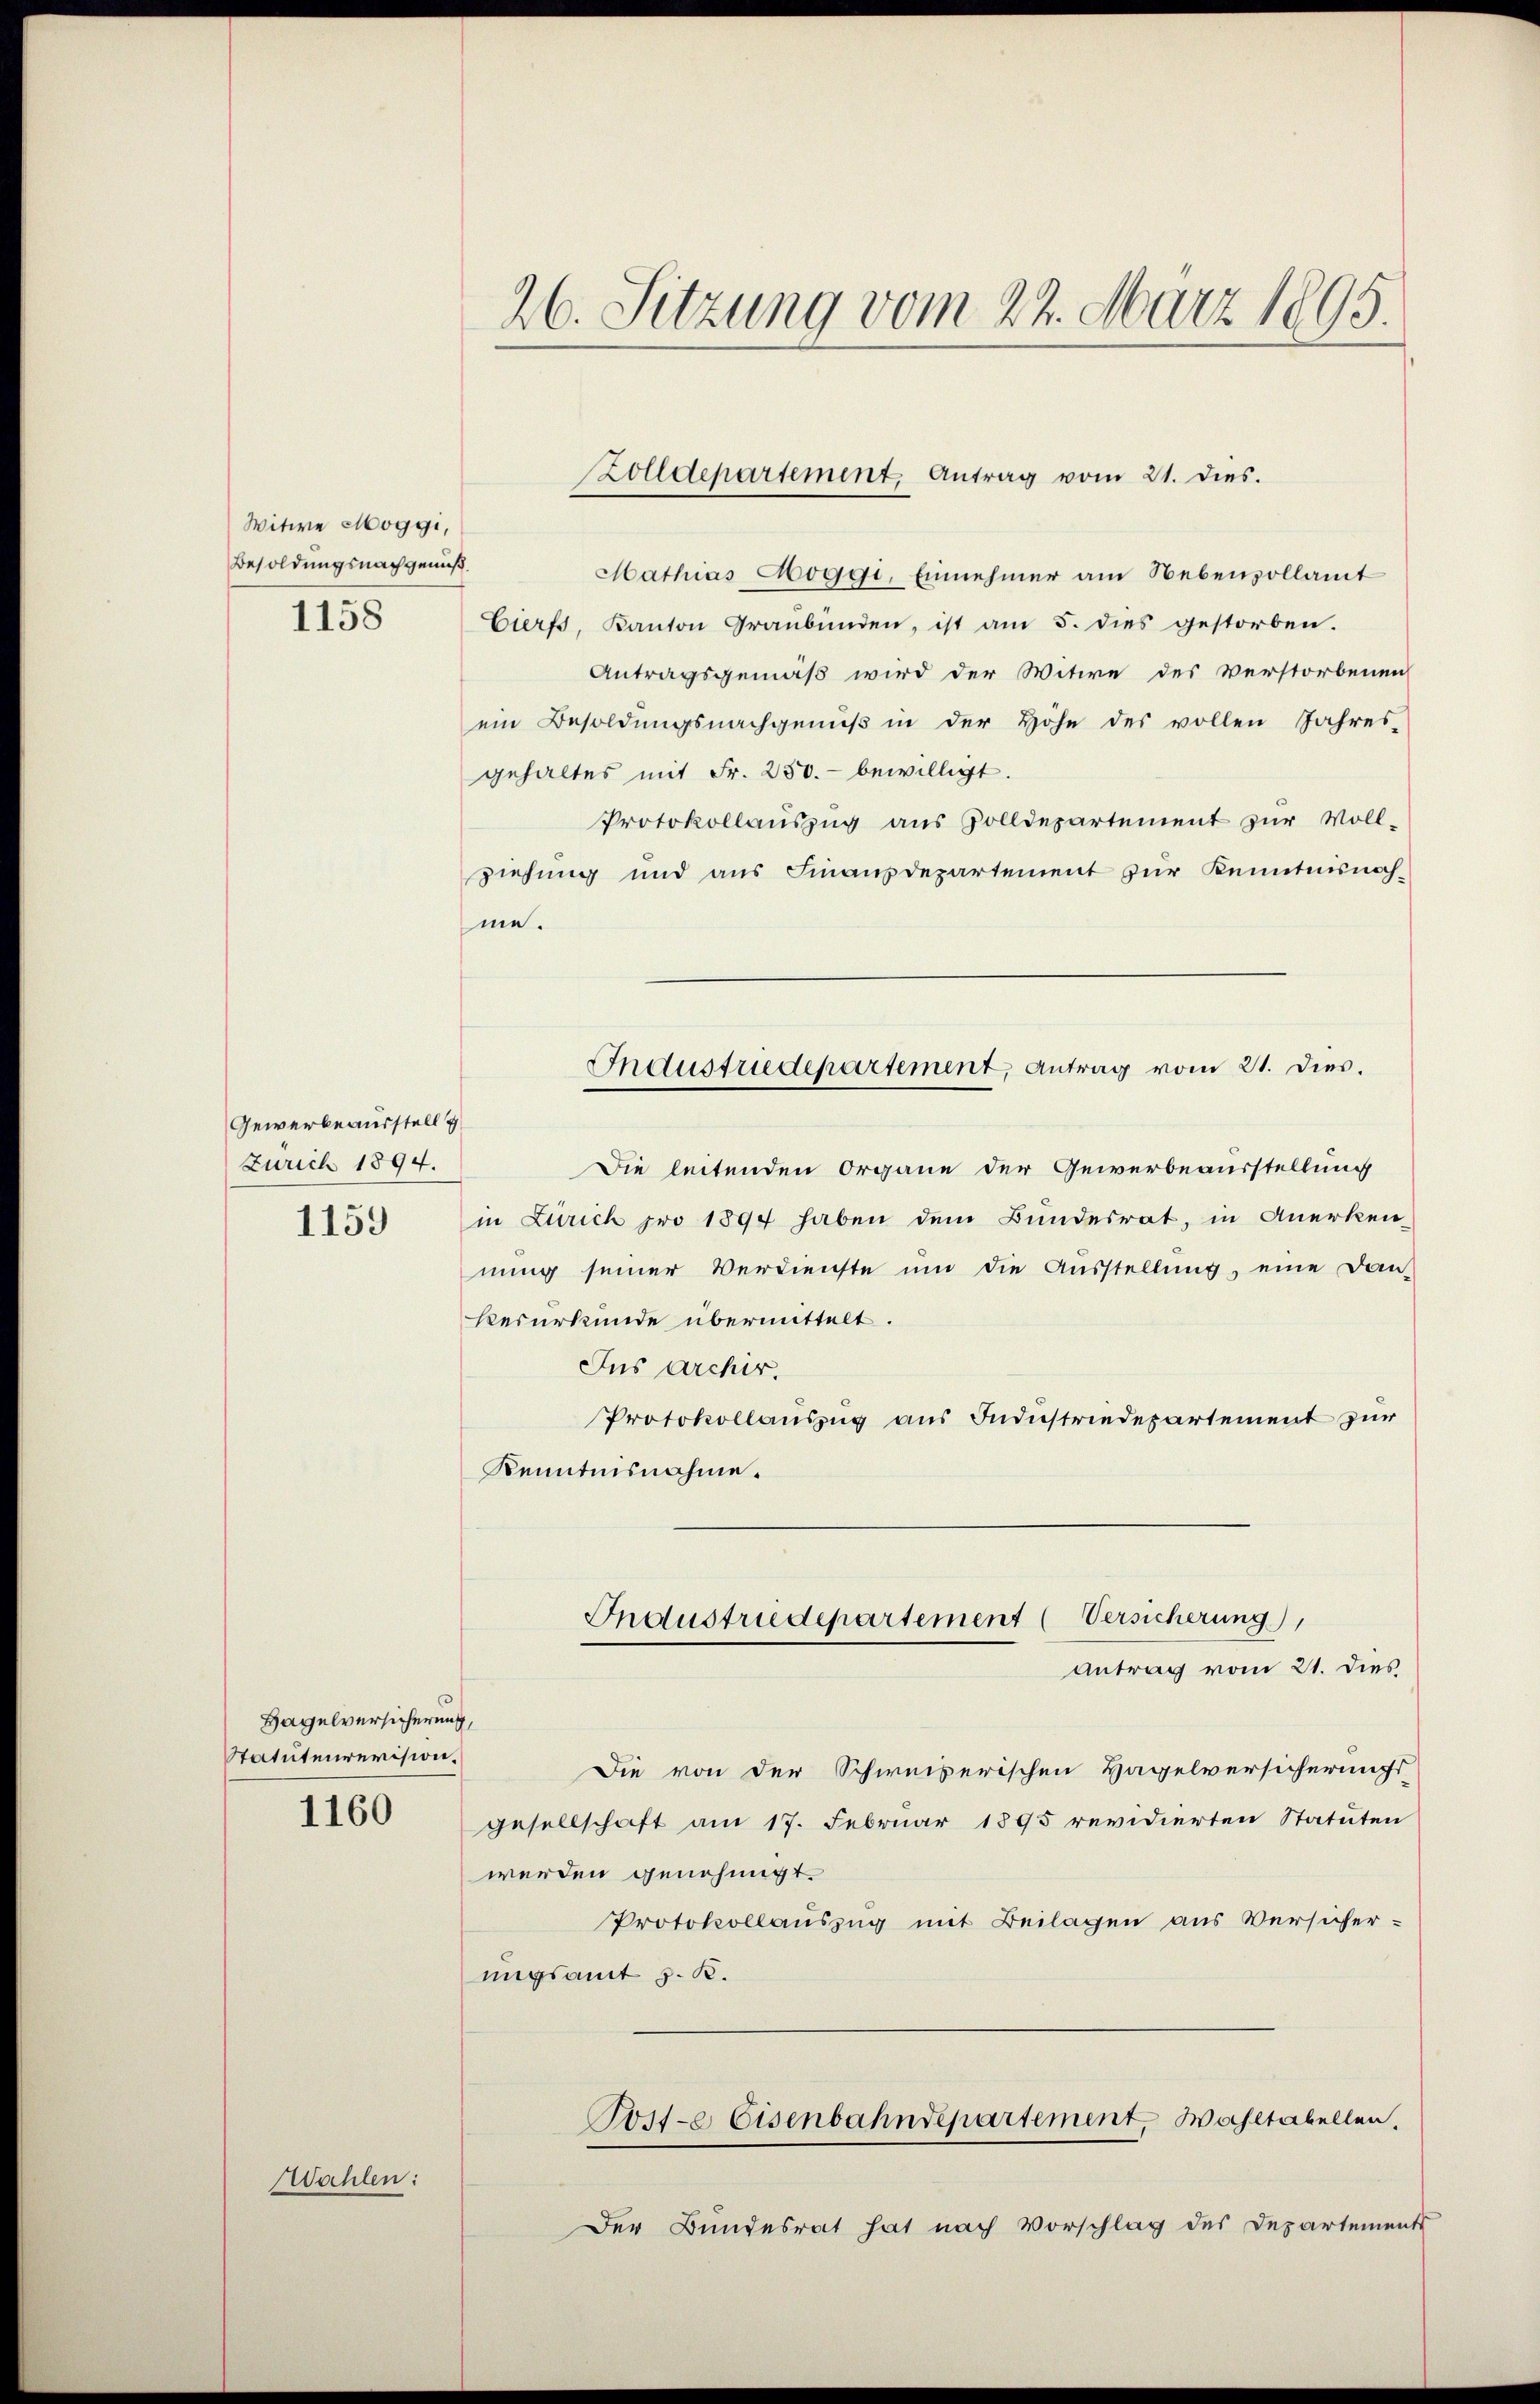
Witwe Maggi,
Besoldungsnachgenuß.
1158

Gewerbe ausstell
Zürich 1894.
1159

1160

Hagelversicherung,
Statutenrevision.

26. Sitzung vom 22. März 1895.

Mathias Moggi, Einnehmer am Nebenvollamt
Cierfs, Kanton Graubünden, ist am 5. dies gestorben.
Antragsgemäß wird der Witwe des Verstorbenen
ein Besoldungsnachgenuß in der Höhe des vollen Jahres-
gehaltes mit Fr. 250.- bewilligt.
Protokollaŭszŭg aŭs Zolldepartement zur Voll-
ziehung und aus Finanzdepartement zur Kenntnisnahme.
Die leitenden Organe der Gewerbeausstellung
in Zürich pro 1894 haben dem Bundesrat, in Anerken-
nung seiner Verdienste ŭm die Ausstellŭng, eine Dan-
kesurkunde übermittelt.
Jus Archir.
Protokollauszug aus Industriedepartement zur
Kenntnisnahme.
Industriedepartement (Versicherung),
Antrag vom 21. dies
Die von der Schweiserischen Hagelversicherungs-
gesellschaft am 17. Februar 1895 revidierten Statuten
werden genehmigt.
Protokollauszug mit Beilagen aus Versicher-
ungsamt z. R.
Post-e Eisenbahndepartement, Wahltabellen,
Der Bundesrat hat nach Vorschlag des Departements

Wahlen:

Zolldepartement Antrag vom 21. dies.

Industriedepartement, Antrag vom 21. Dies.